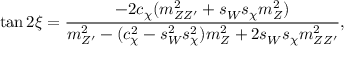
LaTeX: \tan 2 \xi = \frac { - 2 c _ { \chi } ^ { } ( m _ { Z Z ^ { \prime } } ^ { 2 } + s _ { W } ^ { } s _ { \chi } ^ { } m _ { Z } ^ { 2 } ) } { m _ { Z ^ { \prime } } ^ { 2 } - ( c _ { \chi } ^ { 2 } - s _ { W } ^ { 2 } s _ { \chi } ^ { 2 } ) m _ { Z } ^ { 2 } + 2 s _ { W } ^ { } s _ { \chi } ^ { } m _ { Z Z ^ { \prime } } ^ { 2 } } ,